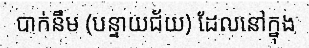
បាក់នឹម (បន្ទាយជ័យ) ដែលនៅក្នុង